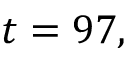
t = 9 7 ,